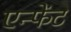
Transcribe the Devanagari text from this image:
एन्फेंट